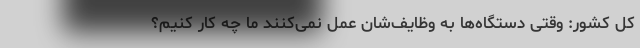
کل کشور: وقتی دستگاه‌ها به وظایف‌شان عمل نمی‌کنند ما چه کار کنیم؟